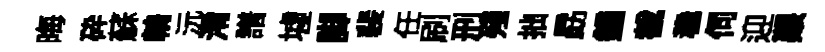
晦砕蘇輈沅淆譜墟脚裴任刷刑殘拙勗鐘截稳伺迎艱